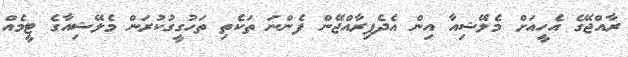
ރާއްޖޭގެ އެހީއަށް މެލޭޝިއާ އިން އެދެފިރާއްޖޭން ފެންނަ ތަކެތި ތަހުގީގުކުރަން މެލޭޝިއާގެ ޓީމެއް